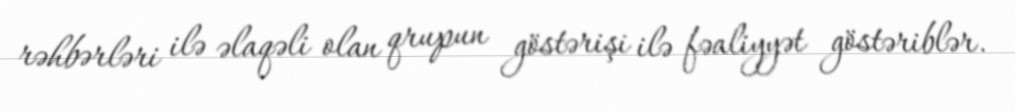
rəhbərləri ilə əlaqəli olan qrupun göstərişi ilə fəaliyyət göstəriblər.